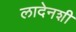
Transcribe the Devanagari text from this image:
लादेनशी